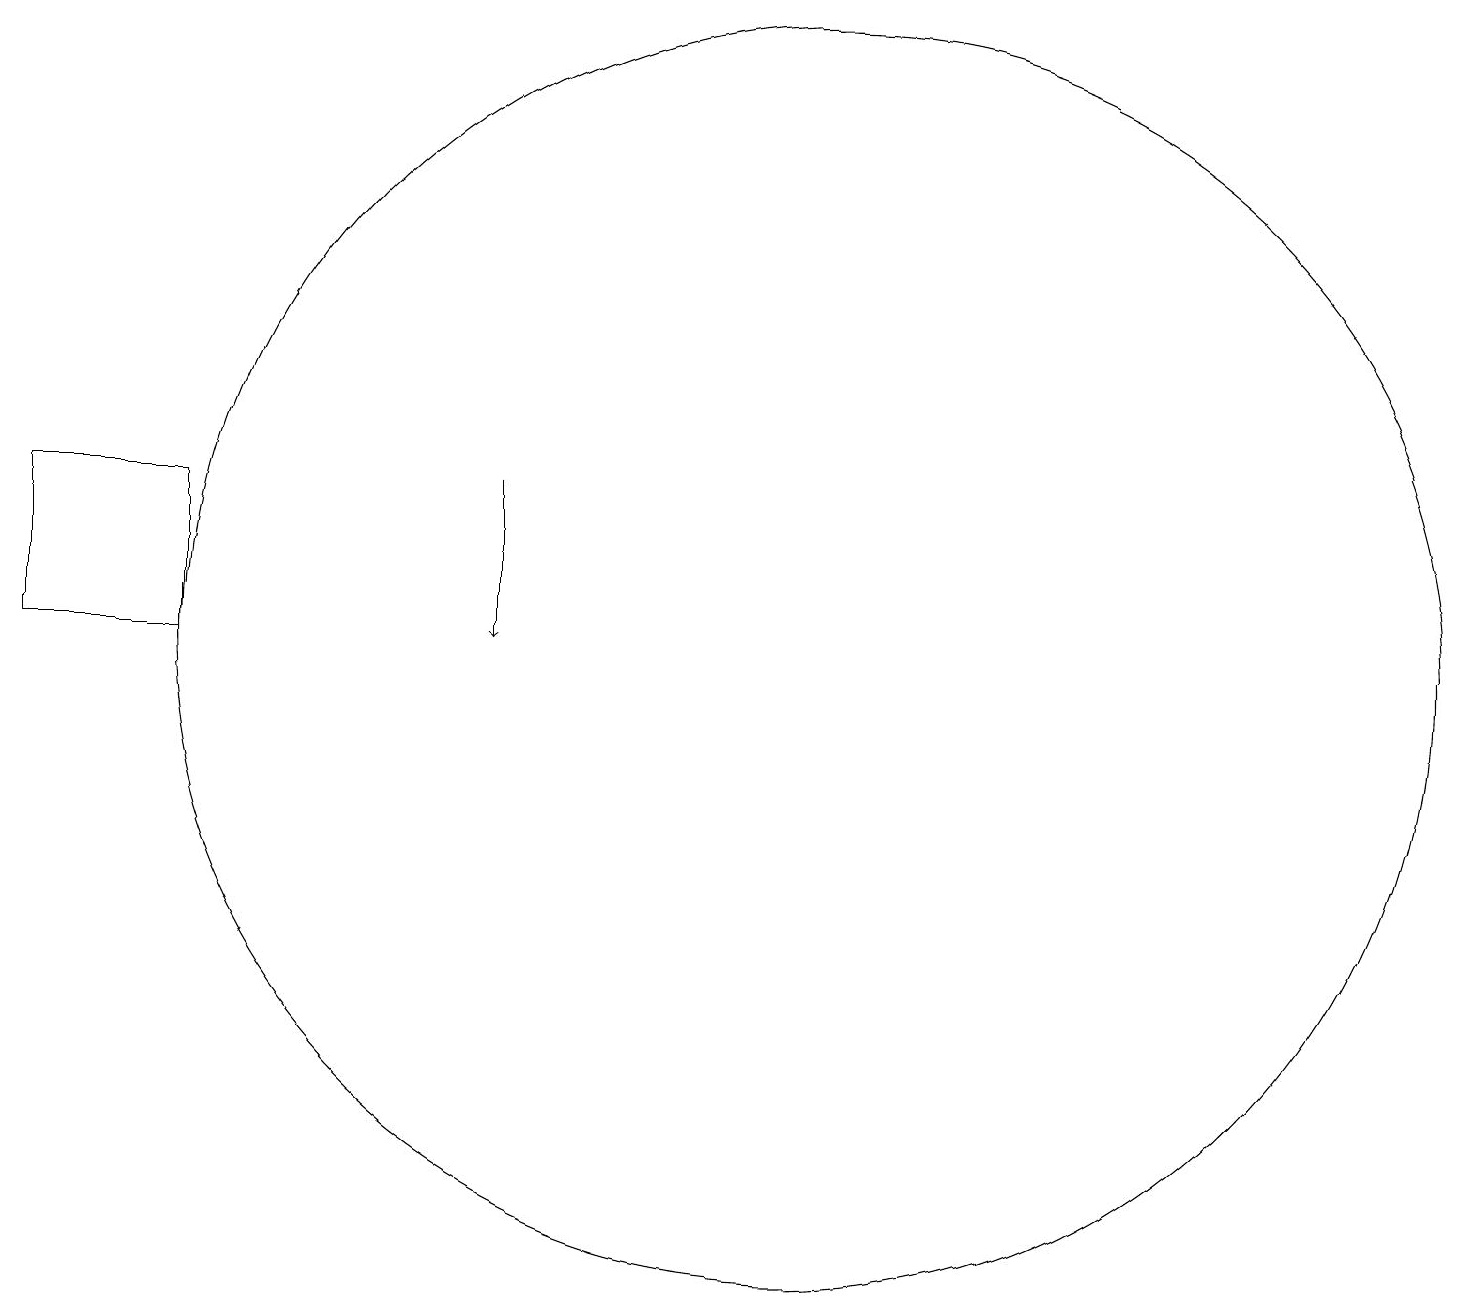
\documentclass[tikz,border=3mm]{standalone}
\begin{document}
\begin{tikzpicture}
\draw[->] (6,12) -- (6,10);
\draw (10,10) circle (8);
\draw (0,10) rectangle (2,12);
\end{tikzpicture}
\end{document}